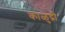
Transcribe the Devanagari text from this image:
काळुंद्री